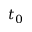
t _ { 0 }